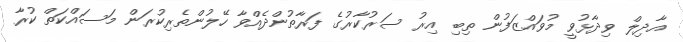
އާދިލް ވިދާޅުވީ މުވައްޒަފުން ތިބި އިރު ސަރުކާރުގެ ފަރާތުންދެއްވާ ހޭލުންތެރިކުރަން މަސައްކަތް ކުރާ